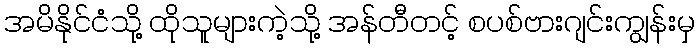
အမိနိုင်ငံသို့ ထိုသူများကဲ့သို့ အန်တီတင့် စပစ်ဗားဂျင်းကျွန်းမှ